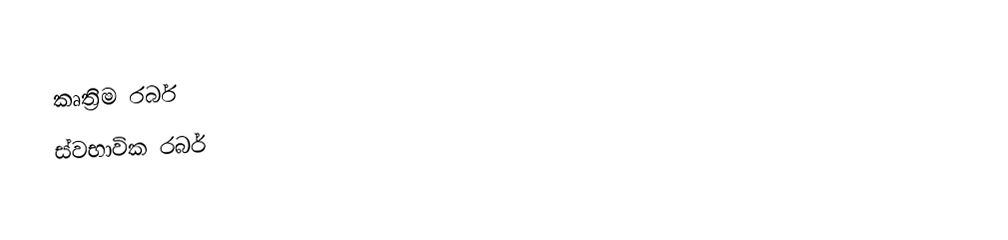
කෘත්‍රිම රබර්
ස්වභාවික රබර්